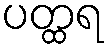
ပတ္ထရ